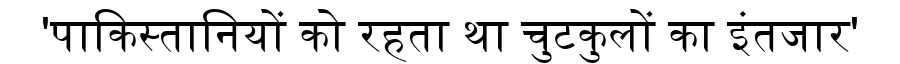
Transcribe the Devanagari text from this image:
'पाकिस्तानियों को रहता था चुटकुलों का इंतजार'